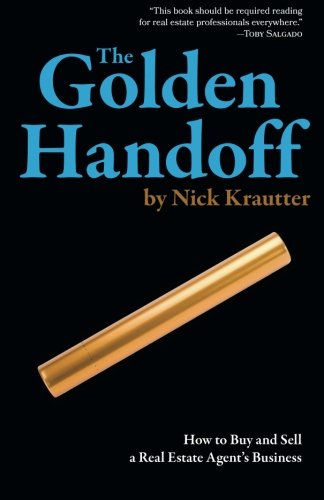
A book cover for The Golden Handoff: How to Buy and Sell a Real Estate Agent's Business; Nick Krautter; Business & Money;